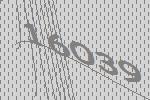
16039